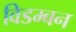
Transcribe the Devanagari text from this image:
विडम्बन